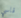
قاسي